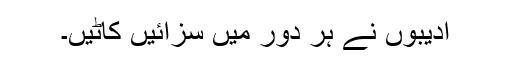
ادیبوں نے ہر دور میں سزائیں کاٹیں۔